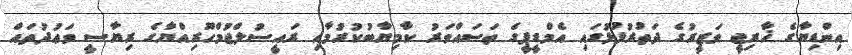
އިންޑިޔާގެ ޚާރިޖީ ވަޒީރުގެ ދަތުރުފުޅުގައި އެމްޑީޕީގެ ތަސައްވަރު ކާމިޔާބުކުރުމާއި ރައީސުލްޖުމްހޫރިއްޔާގެ ރިޔާސީ ވަޢުދުތައް